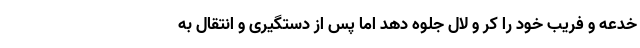
خدعه و فریب خود را کر و لال جلوه دهد اما پس از دستگیری و انتقال به